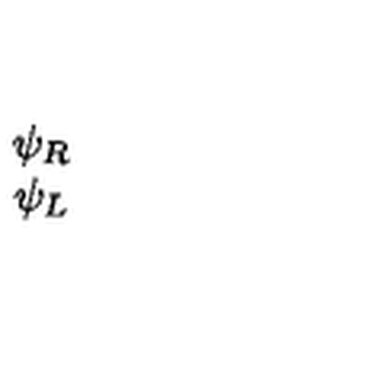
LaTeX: \begin{array} { c } { \psi _ { R } } \\ { \psi _ { L } } \\ \end{array}